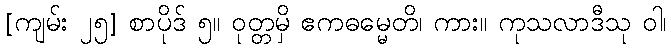
[ကျမ်း ၂၅] စာပိုဒ် ၅။ ဝုတ္တမှိ ဧကဓမ္မေတိ၊ ကား။ ကုသလာဒီသု ဝါ၊